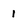
Character: 1